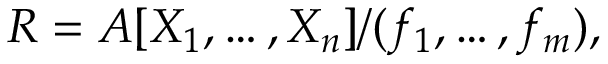
R = A [ X _ { 1 } , \ldots , X _ { n } ] / ( f _ { 1 } , \ldots , f _ { m } ) ,